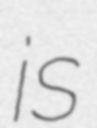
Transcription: is